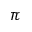
\pi